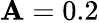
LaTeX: \mathbf{A}=0.2